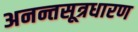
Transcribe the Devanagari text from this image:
अनन्तसूत्रधारण